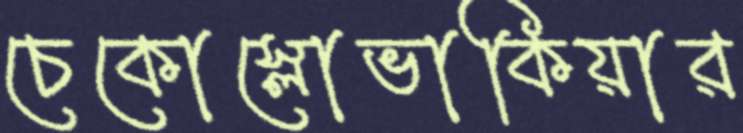
চেকোস্লোভাকিয়ার